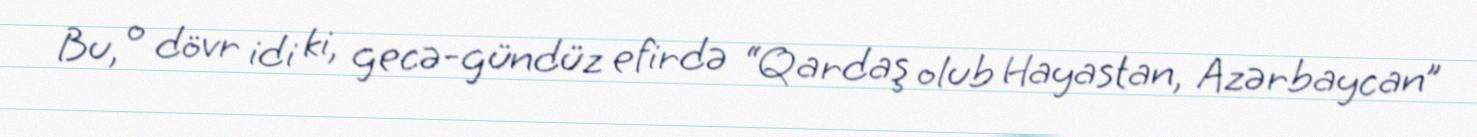
Bu, o dövr idi ki, gecə-gündüz efirdə “Qardaş olub Hayastan, Azərbaycan”